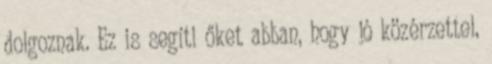
dolgoznak. Ez is segíti őket abban, hogy jó közérzettel,